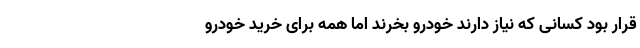
قرار بود کسانی که نیاز دارند خودرو بخرند اما همه برای خرید خودرو